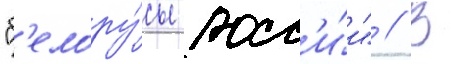
"б'елору́сы росс'и́и" // В